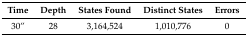
<table><thead><tr><td><b>Time</b></td><td><b>Depth</b></td><td><b>States Found</b></td><td><b>Distinct States</b></td><td><b>Errors</b></td></tr></thead><tbody><tr><td>30”</td><td>28</td><td>3,164,524</td><td>1,010,776</td><td>0</td></tr></tbody></table>